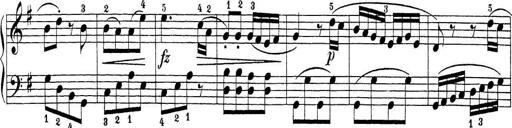
Title: Sonatina Album
Composer: Louis KÃ¶hler